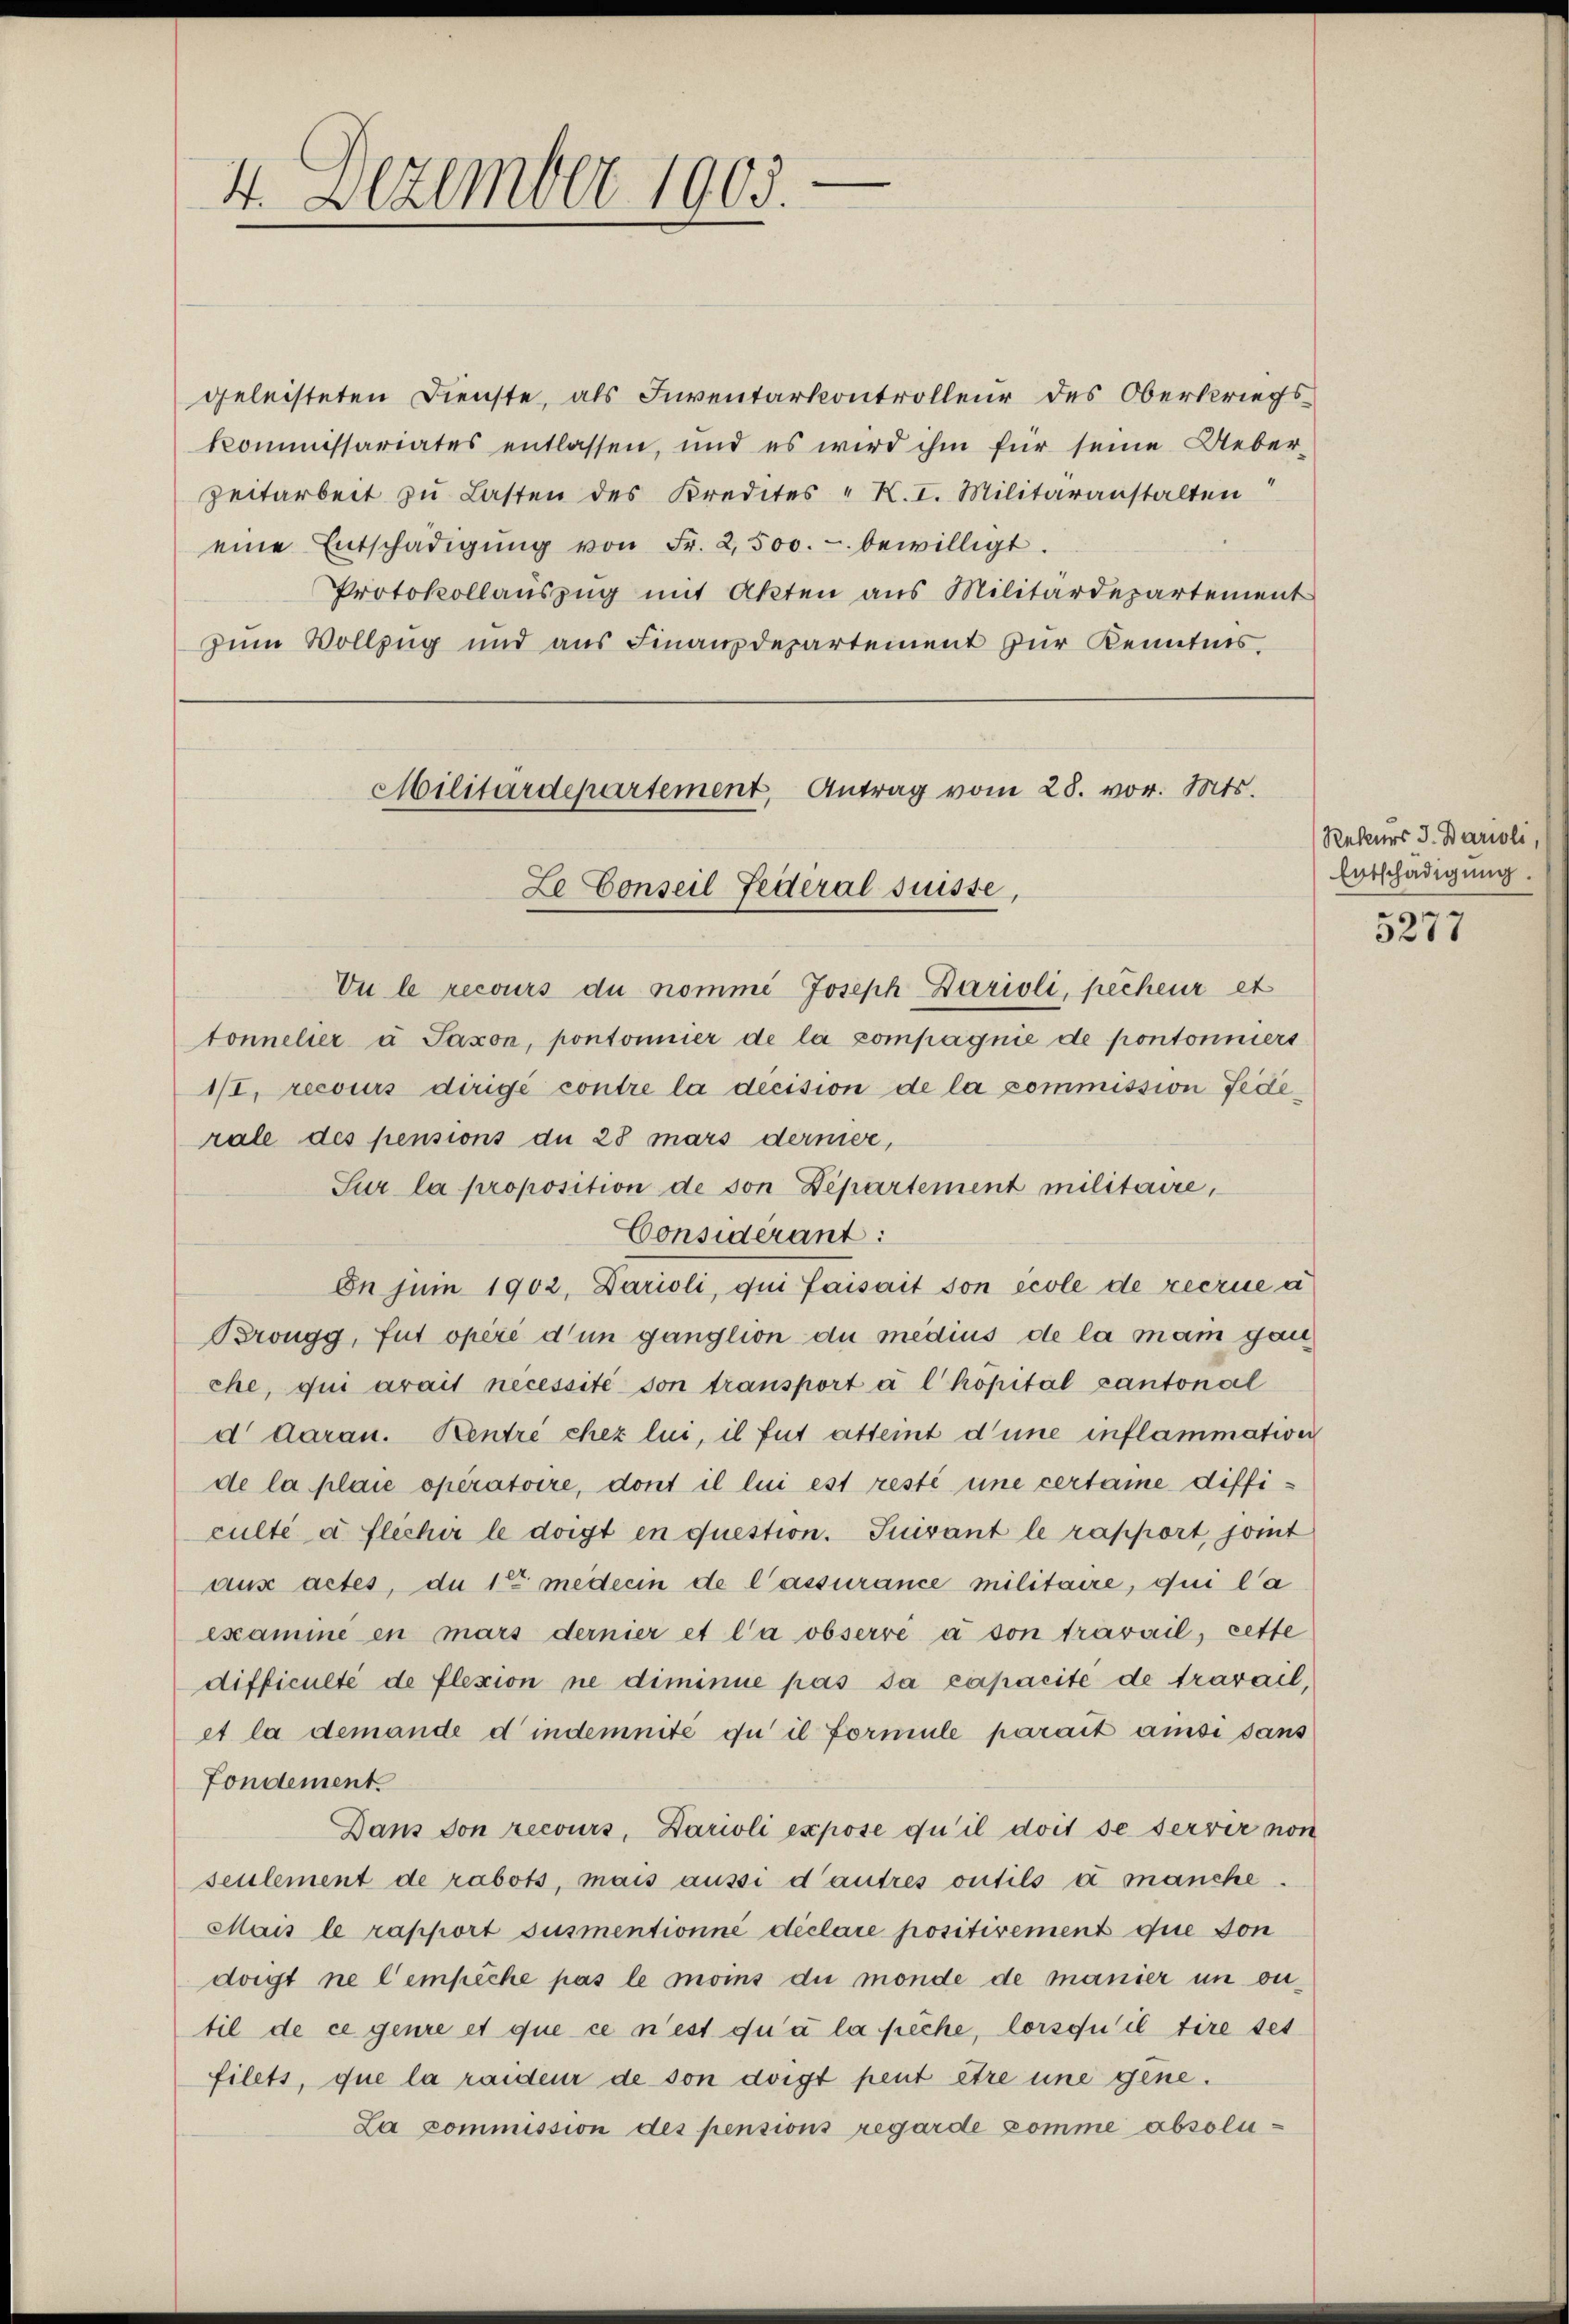
4. Dezember 1903.

geleisteten Dienste, als Inventarkontrolleur des Oberkriegs¬
Kommissariates entlassen, und es wird ihm für seine Ueber-
Zeitarbeit zu Lasten des Kredites " K. I. Militäranstalten
eine Entschädigŭng von Fr. 2,500.- bewilligt.
Protokollaŭszŭg mit Akten aus Militärdepartement
Zum Vollzug und aus Finanzdepartement zur Kenntnis,

Militärdepartement, Antrag vom 28. vor. Mts.
Le Conseil Federal Suisse,

Vu le recours du nomme Joseph Darioli, pechenr et
tonnelier u Saxon, pontonnier de la compagnie de pontonniers
I/I, recours dirigé contre la decision de la commission Federale des pensions du 28 mars dernige,
Sur la proposition de son Departement militaire,
Considérant:
On juni 1902, Darioli, qui faisait son école de recrue a
Bröngg, fut opéré d’un ganglion du medius de la main gan
che, qui avait necessité son transport a l hôpital cantonal
d daran. Kentre chez lui, il fut atteint d’une inflammative
de la plaie operatoire, dont il lui est resté une certane difficulté u. flecher le doigt en question. Suivant le rapport, joint
aus actes, du 1 mederin de l’assurance militaire, qui l’a
examine en mars dernier et l’a observé à son travail, cette
difficulté de flexion ne diminue pas da capacite de travail,
et la demande d indemnité du il formule parait ainsi sans
Fondement
Dans von recours, Darioli expose qu’il doit de servir von
seulement de rabots, mais aussi d’autres outils a manche.
Mais le rapport susmentionné déclare positivement que von
doigt ne l’empiche pas le moins du monde de manier un outil de ce genre et que ce n’est qu’à la siche, lorsqu’il tire set
filets, que la raider de son doigt peut être une gene.
La commission des pensions regarde komme absolu¬

Rekurs J. Darioli
Entschädigung.
5277